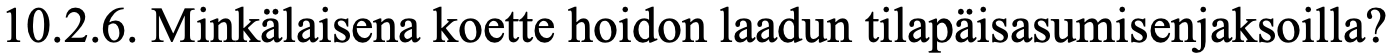
10.2.6. Minkälaisena koette hoidon laadun tilapäisasumisenjaksoilla?